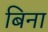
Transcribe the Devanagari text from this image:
बिना